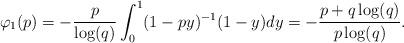
LaTeX: \begin{align*}&\varphi_1(p) = -\frac{p}{\log(q)} \int_0^{1} (1-p y)^{-1} (1-y) dy = -\frac{p+q\log(q)}{p\log(q)}.\end{align*}